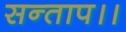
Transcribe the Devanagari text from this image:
सन्‍ताप।।